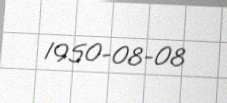
1950-08-08